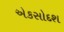
એકસોદશ